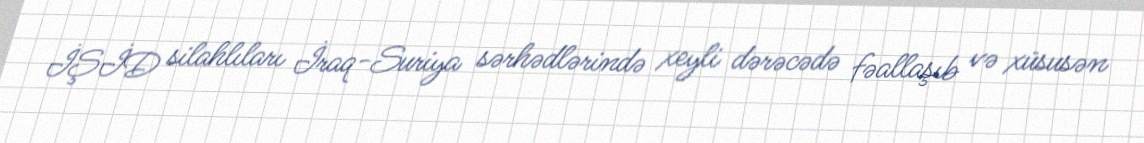
İŞİD silahlıları İraq-Suriya sərhədlərində xeyli dərəcədə fəallaşıb və xüsusən